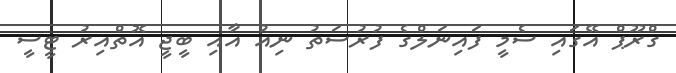
ގްރޫޕް އޭގައި ސެމީ ފައިނަލްގެ ފުރުސަތު ނިއު އާއި ބީޖީ އޮތްއިރު ޓީސީ